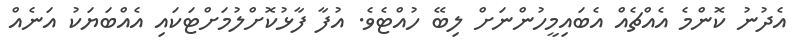
އެދުނު ކޮންމެ އެއްޗެއް އެބައިމީހުންނަށް ލިބޭ ހުއްޓެވެ. އުފާ ފާޅުކޮށްލުމަށްޓަކައި އެއްބަޔަކު އަނެއް